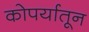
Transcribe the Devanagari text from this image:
कोपर्यातून